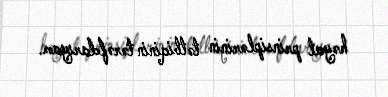
həyat prinsiplərinin tətbiqinin tərəfdarıyam.